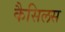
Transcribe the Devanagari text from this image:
कैसिलस